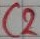
Text: C2